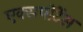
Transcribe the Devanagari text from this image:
एक्सपोर्टेस